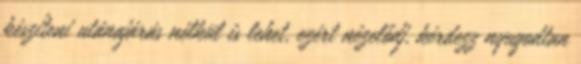
készíteni utánajárás nélkül is lehet, ezért nézelődj, kérdezz nyugodtan